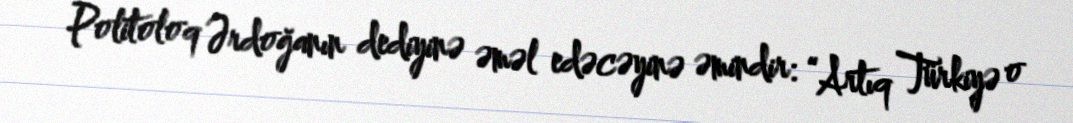
Politoloq Ərdoğanın dediyinə əməl edəcəyinə əmindir: “Artıq Türkiyə o